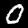
Label: 0